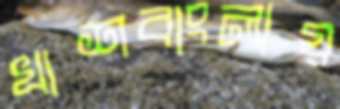
খাশবাংলায়